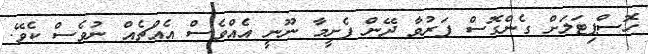
ހޮސްޕިޓަލަށް ގެންގޮސް ފަރުވާ ދޭން ފެށީމާ ނޫނީ އެއްވެސް އެއްޗެއް ނުވެސް ކެވޭ.